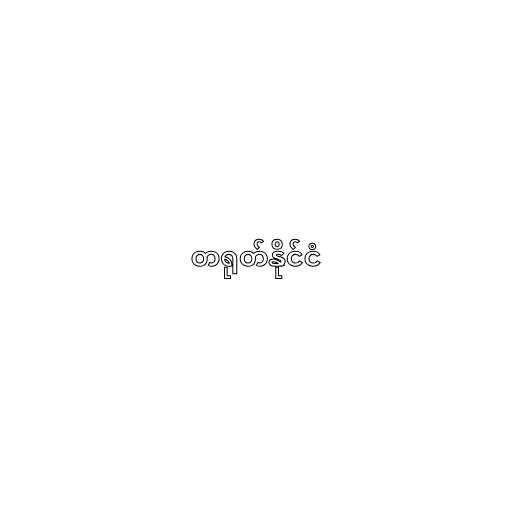
တရုတ်နိုင်ငံ